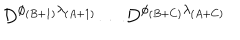
D ^ { \phi _ { ( B + 1 ) } \lambda _ { ( A + 1 ) } } \dots D ^ { \phi _ { ( B + C ) } \lambda _ { ( A + C ) } }